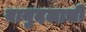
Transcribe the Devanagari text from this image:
वायुदलाची